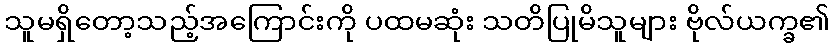
သူမရှိတော့သည့်အကြောင်းကို ပထမဆုံး သတိပြုမိသူများ ဗိုလ်ယက္ခ၏